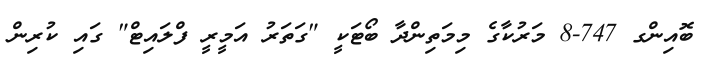
ބޮއިންގ 747-8 މަރުކާގެ މިމަތިންދާ ބޯޓަކީ "ގަތަރު އަމީރީ ފްލައިޓް" ގައި ކުރިން